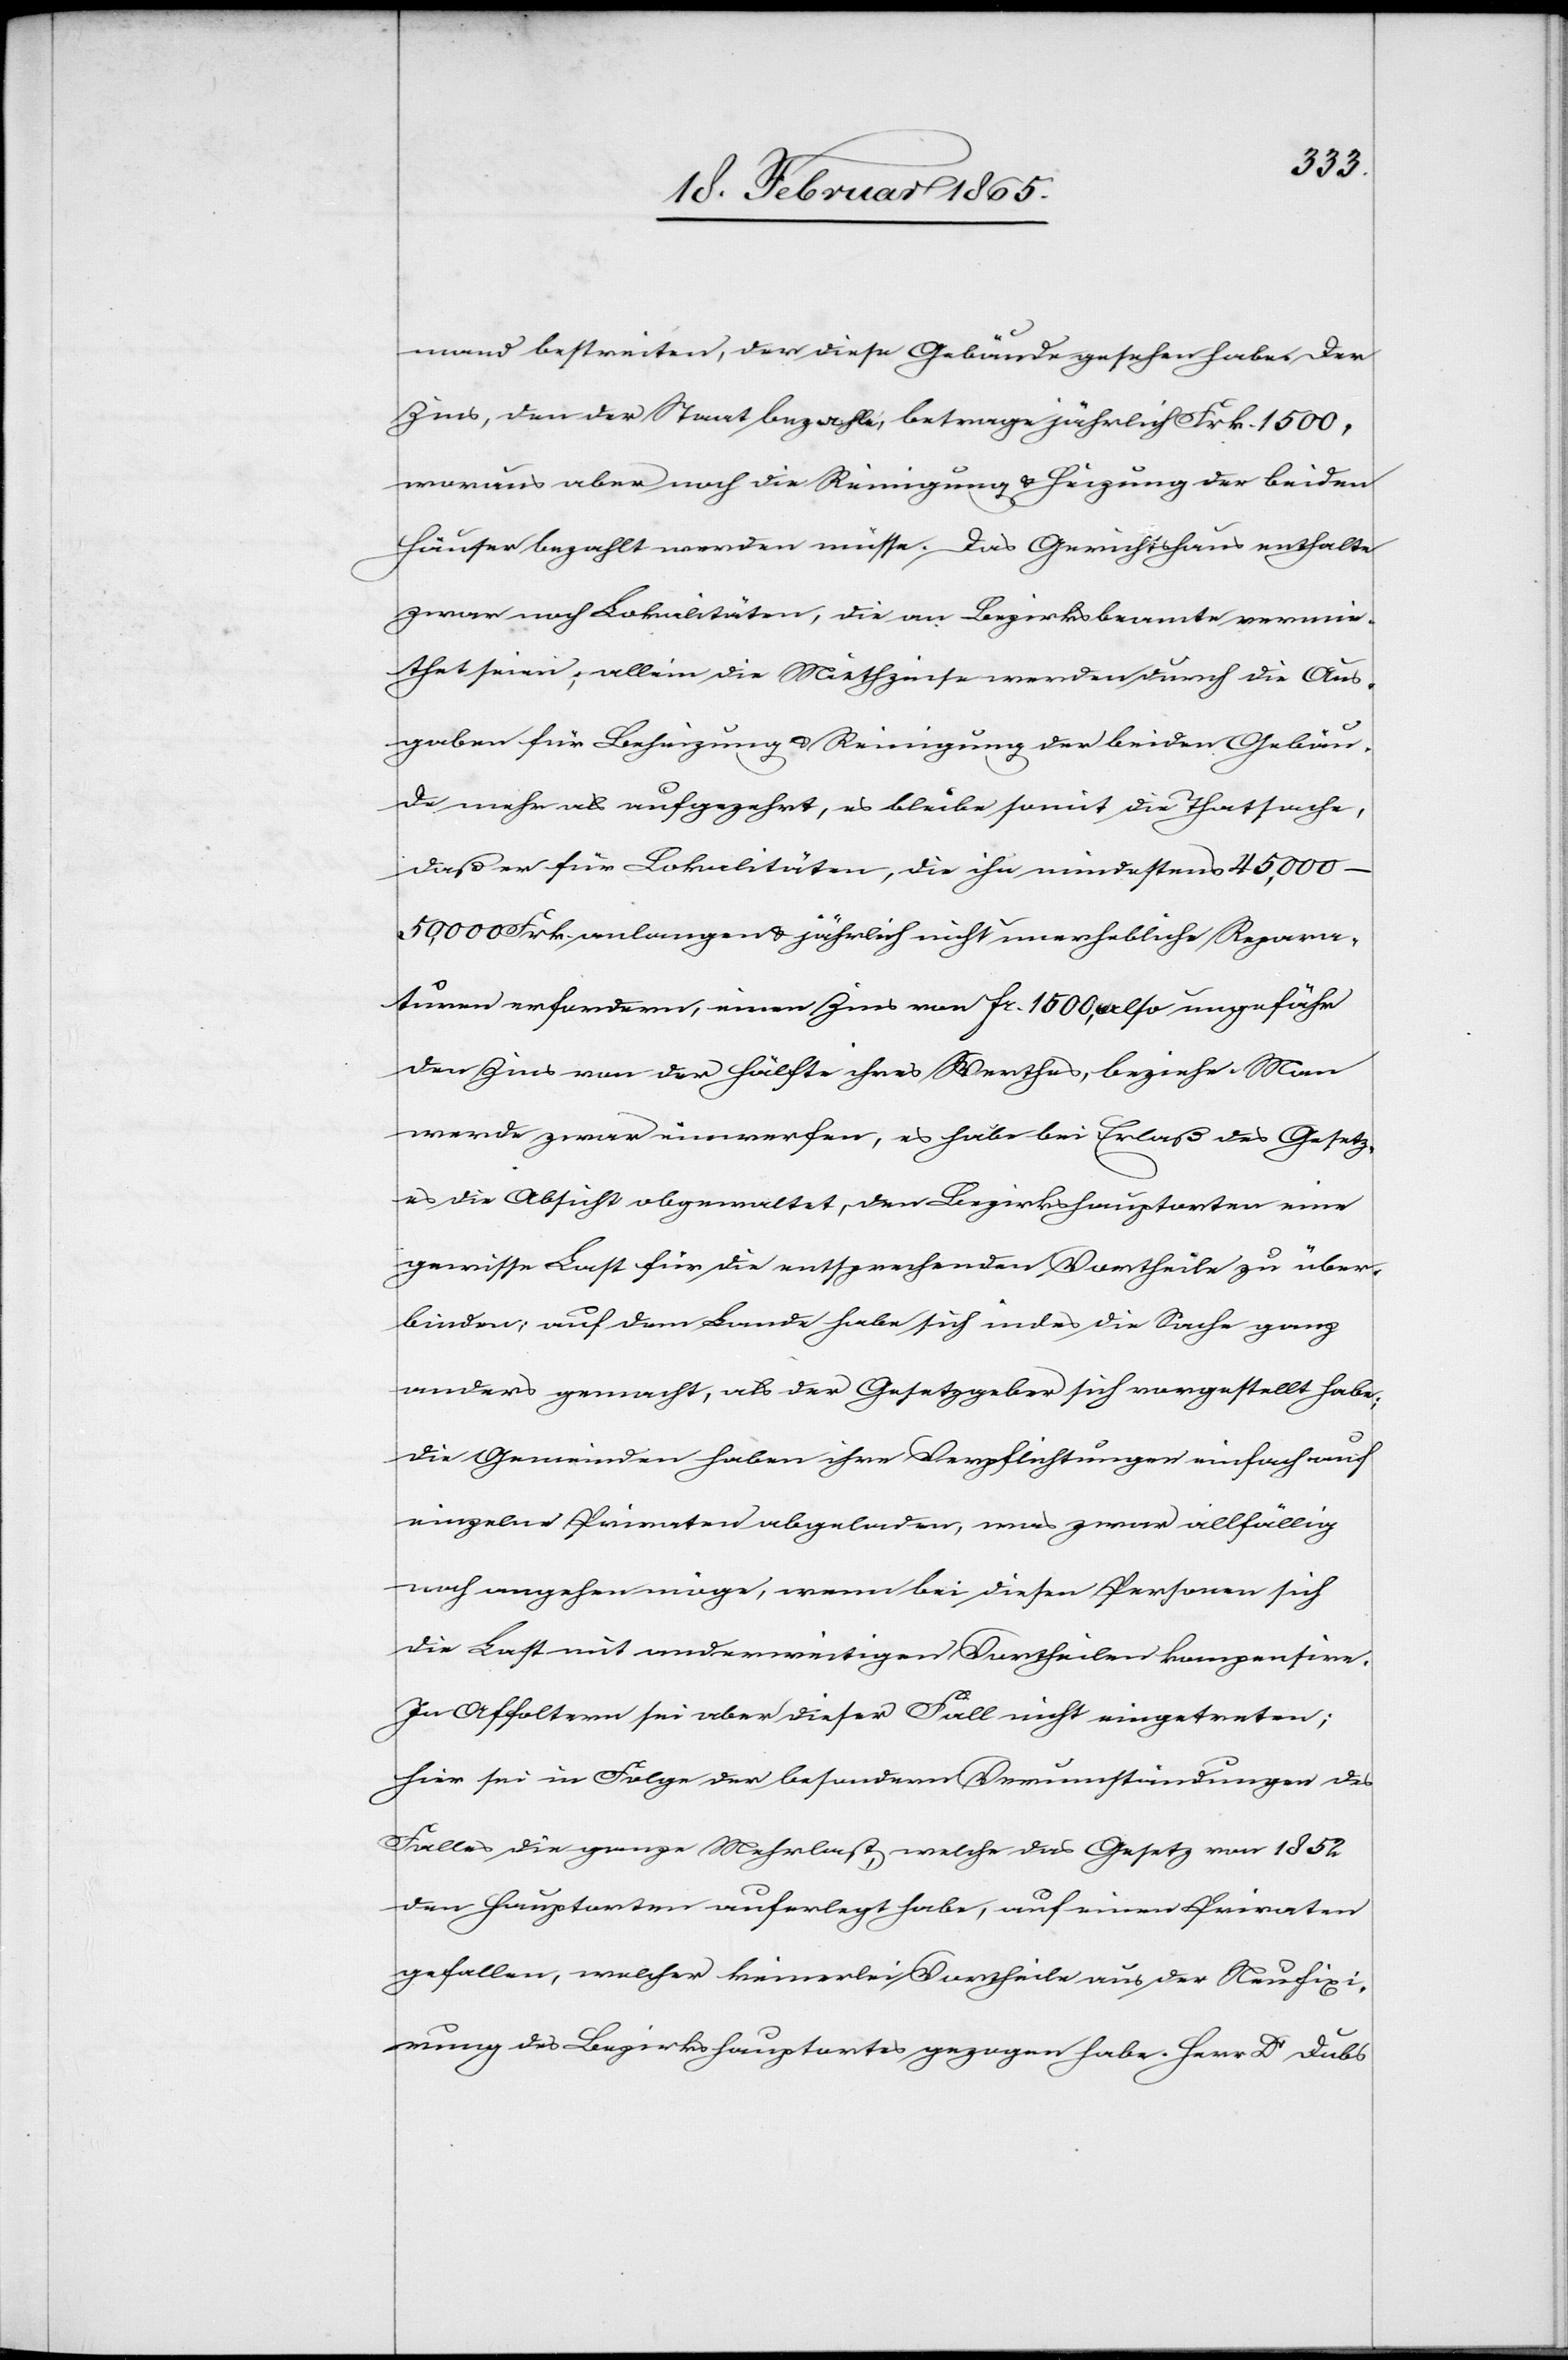
mand bestreiten, der diese Gebäude gesehen habe. Der
Zins, den der Staat bezahle, betrage jährlich Frk. 1500,
woraus aber noch die Reinigung u. Heizung der beiden
Häuser bezahlt werden müsse. Das Gerichtshaus enthalte
zwar noch Lokalitäten, die an Bezirksbeamte vermie¬
thet seien; allein die Miethzinse werden durch die Aus¬
gaben für Beheizung u. Reinigung der beiden Gebäu¬
de mehr als aufgezehrt, es bleibe somit die Thatsache,
daß er für Lokalitäten, die ihn mindestens
45,000–50,000 Frk. anlangen u. jährlich nicht unerhebliche Repara¬
turen erfordern, einen Zins von fr. 1500, also ungefähr
den Zins von der Hälfte ihres Werthes, beziehe. Man
werde zwar einwerfen, es habe bei Erlaß des Gesetz¬
es die Absicht obgewaltet, den Bezirkshauptorten eine
gewisse Last für die entsprechenden Vortheile zu über¬
binden; auf dem Lande habe sich indes die Sache ganz
anders gemacht, als der Gesetzgeber sich vorgestellt habe;
die Gemeinden haben ihre Verpflichtungen einfach auf
einzelne Privaten abgeladen, was zwar allfällig
noch angehen möge, wenn bei diesen Personen sich
die Last mit anderweitigen Vortheilen kompensire.
In Affoltern sei aber dieser Fall nicht eingetreten;
hier sei in Folge der besondern Verumständungen des
Falles die ganze Mehrlast, welche das Gesetz von 1852
den Hauptorten auferlegt habe, auf einen Privaten
gefallen, welcher keinerlei Vortheile aus der Neufixi¬
rung des Bezirkshauptortes gezogen habe. Herr Dr Dubs